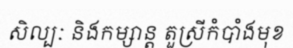
សិល្បៈ និងកម្សាន្ត តួស្រីកំបាំងមុខ